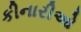
કીનારીઓ